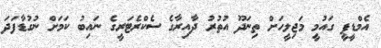
އެމްޑީޕީ ގައުމީ މަޖިލީހަށް ތިނަދޫ އުތުރު ދާއިރާގެ ސެކްރެޓަރީގެ ނައިބު ކަމަށް ނުގުޑާފަދަ